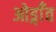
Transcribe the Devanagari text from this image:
ओड्गाँव